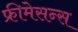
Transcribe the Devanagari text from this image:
फ्रीमेसन्स